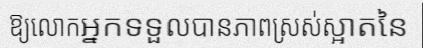
ឱ្យលោកអ្នកទទួលបានភាពស្រស់ស្អាតនៃ